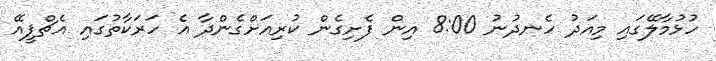
ހުޅުމާލޭގައި މިއަދު ހެނދުނު 8:00 އިން ފެށިގެން ކުރިއަށްގެންދާ އެ ހަރަކާތުގައި އެޗްޕީއޭ